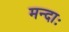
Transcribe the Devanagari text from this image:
मन्दाः